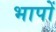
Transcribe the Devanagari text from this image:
भापों